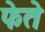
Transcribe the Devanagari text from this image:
फेते